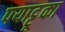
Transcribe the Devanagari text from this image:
पयाट्टूका